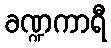
ခဏ္ဍကာရီ